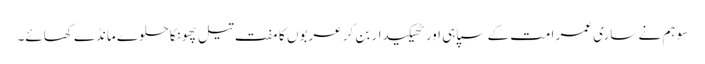
سو ہم نے ساری عمر امت کے سپاہی اور ٹھیکیدار بن کر عربوں کا مفت تیل پھونکا حلوے مانڈے کھائے۔